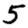
Digit: 5